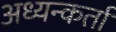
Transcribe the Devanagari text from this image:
अध्यन्कर्ता